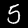
Label: 5